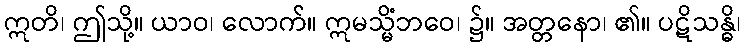
ဣတိ၊ ဤသို့။ ယာဝ၊ လောက်။ ဣမသ္မိံဘဝေ၊ ၌။ အတ္တနော၊ ၏။ ပဋိသန္ဓိ၊